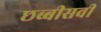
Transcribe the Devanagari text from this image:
छब्बीसवी